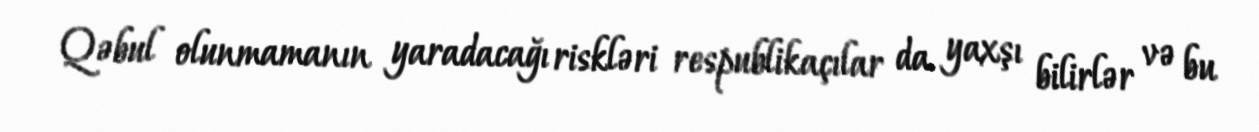
Qəbul olunmamanın yaradacağı riskləri respublikaçılar da yaxşı bilirlər və bu